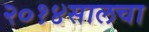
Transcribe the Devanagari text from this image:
२०१४सालचा